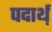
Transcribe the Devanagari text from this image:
पदार्थ़